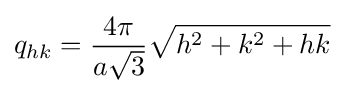
q_{hk}={\frac {4\pi }{a{\sqrt {3}}}}{\sqrt {h^{2}+k^{2}+hk}}